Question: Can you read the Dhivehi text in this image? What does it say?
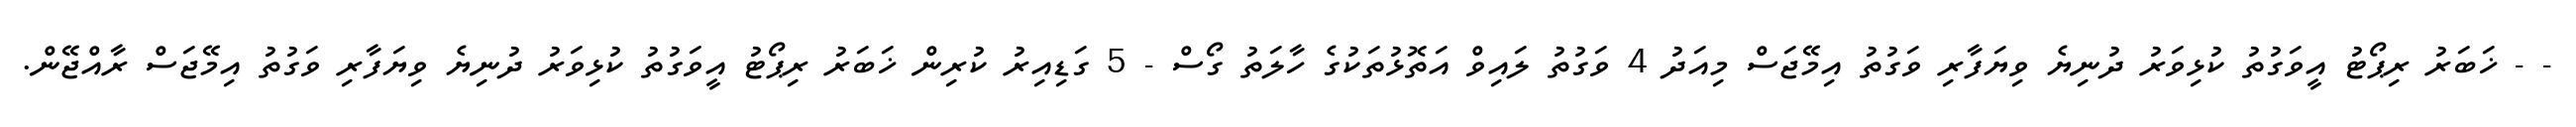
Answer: - - ޚަބަރު ރިޕޯޓު އީވަގުތު ކުޅިވަރު ދުނިޔެ ވިޔަފާރި ވަގުތު އިމޭޖަސް މިއަދު 4 ވަގުތު ލައިވް އަތޮޅުތަކުގެ ހާލަތު ގޯސް - 5 ގަޑިއިރު ކުރިން ޚަބަރު ރިޕޯޓު އީވަގުތު ކުޅިވަރު ދުނިޔެ ވިޔަފާރި ވަގުތު އިމޭޖަސް ރާއްޖޭން.